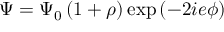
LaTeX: \Psi = \Psi _ { 0 } \left( 1 + \rho \right) \exp \left( - 2 i e \phi \right)